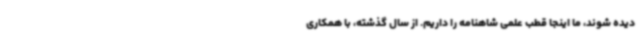
دیده شوند، ما اینجا قطب علمی شاهنامه را داریم. از سال گذشته، با همکاری